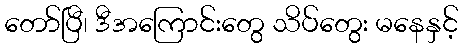
တော်ပြီ၊ ဒီအကြောင်းတွေ သိပ်တွေး မနေနှင့်